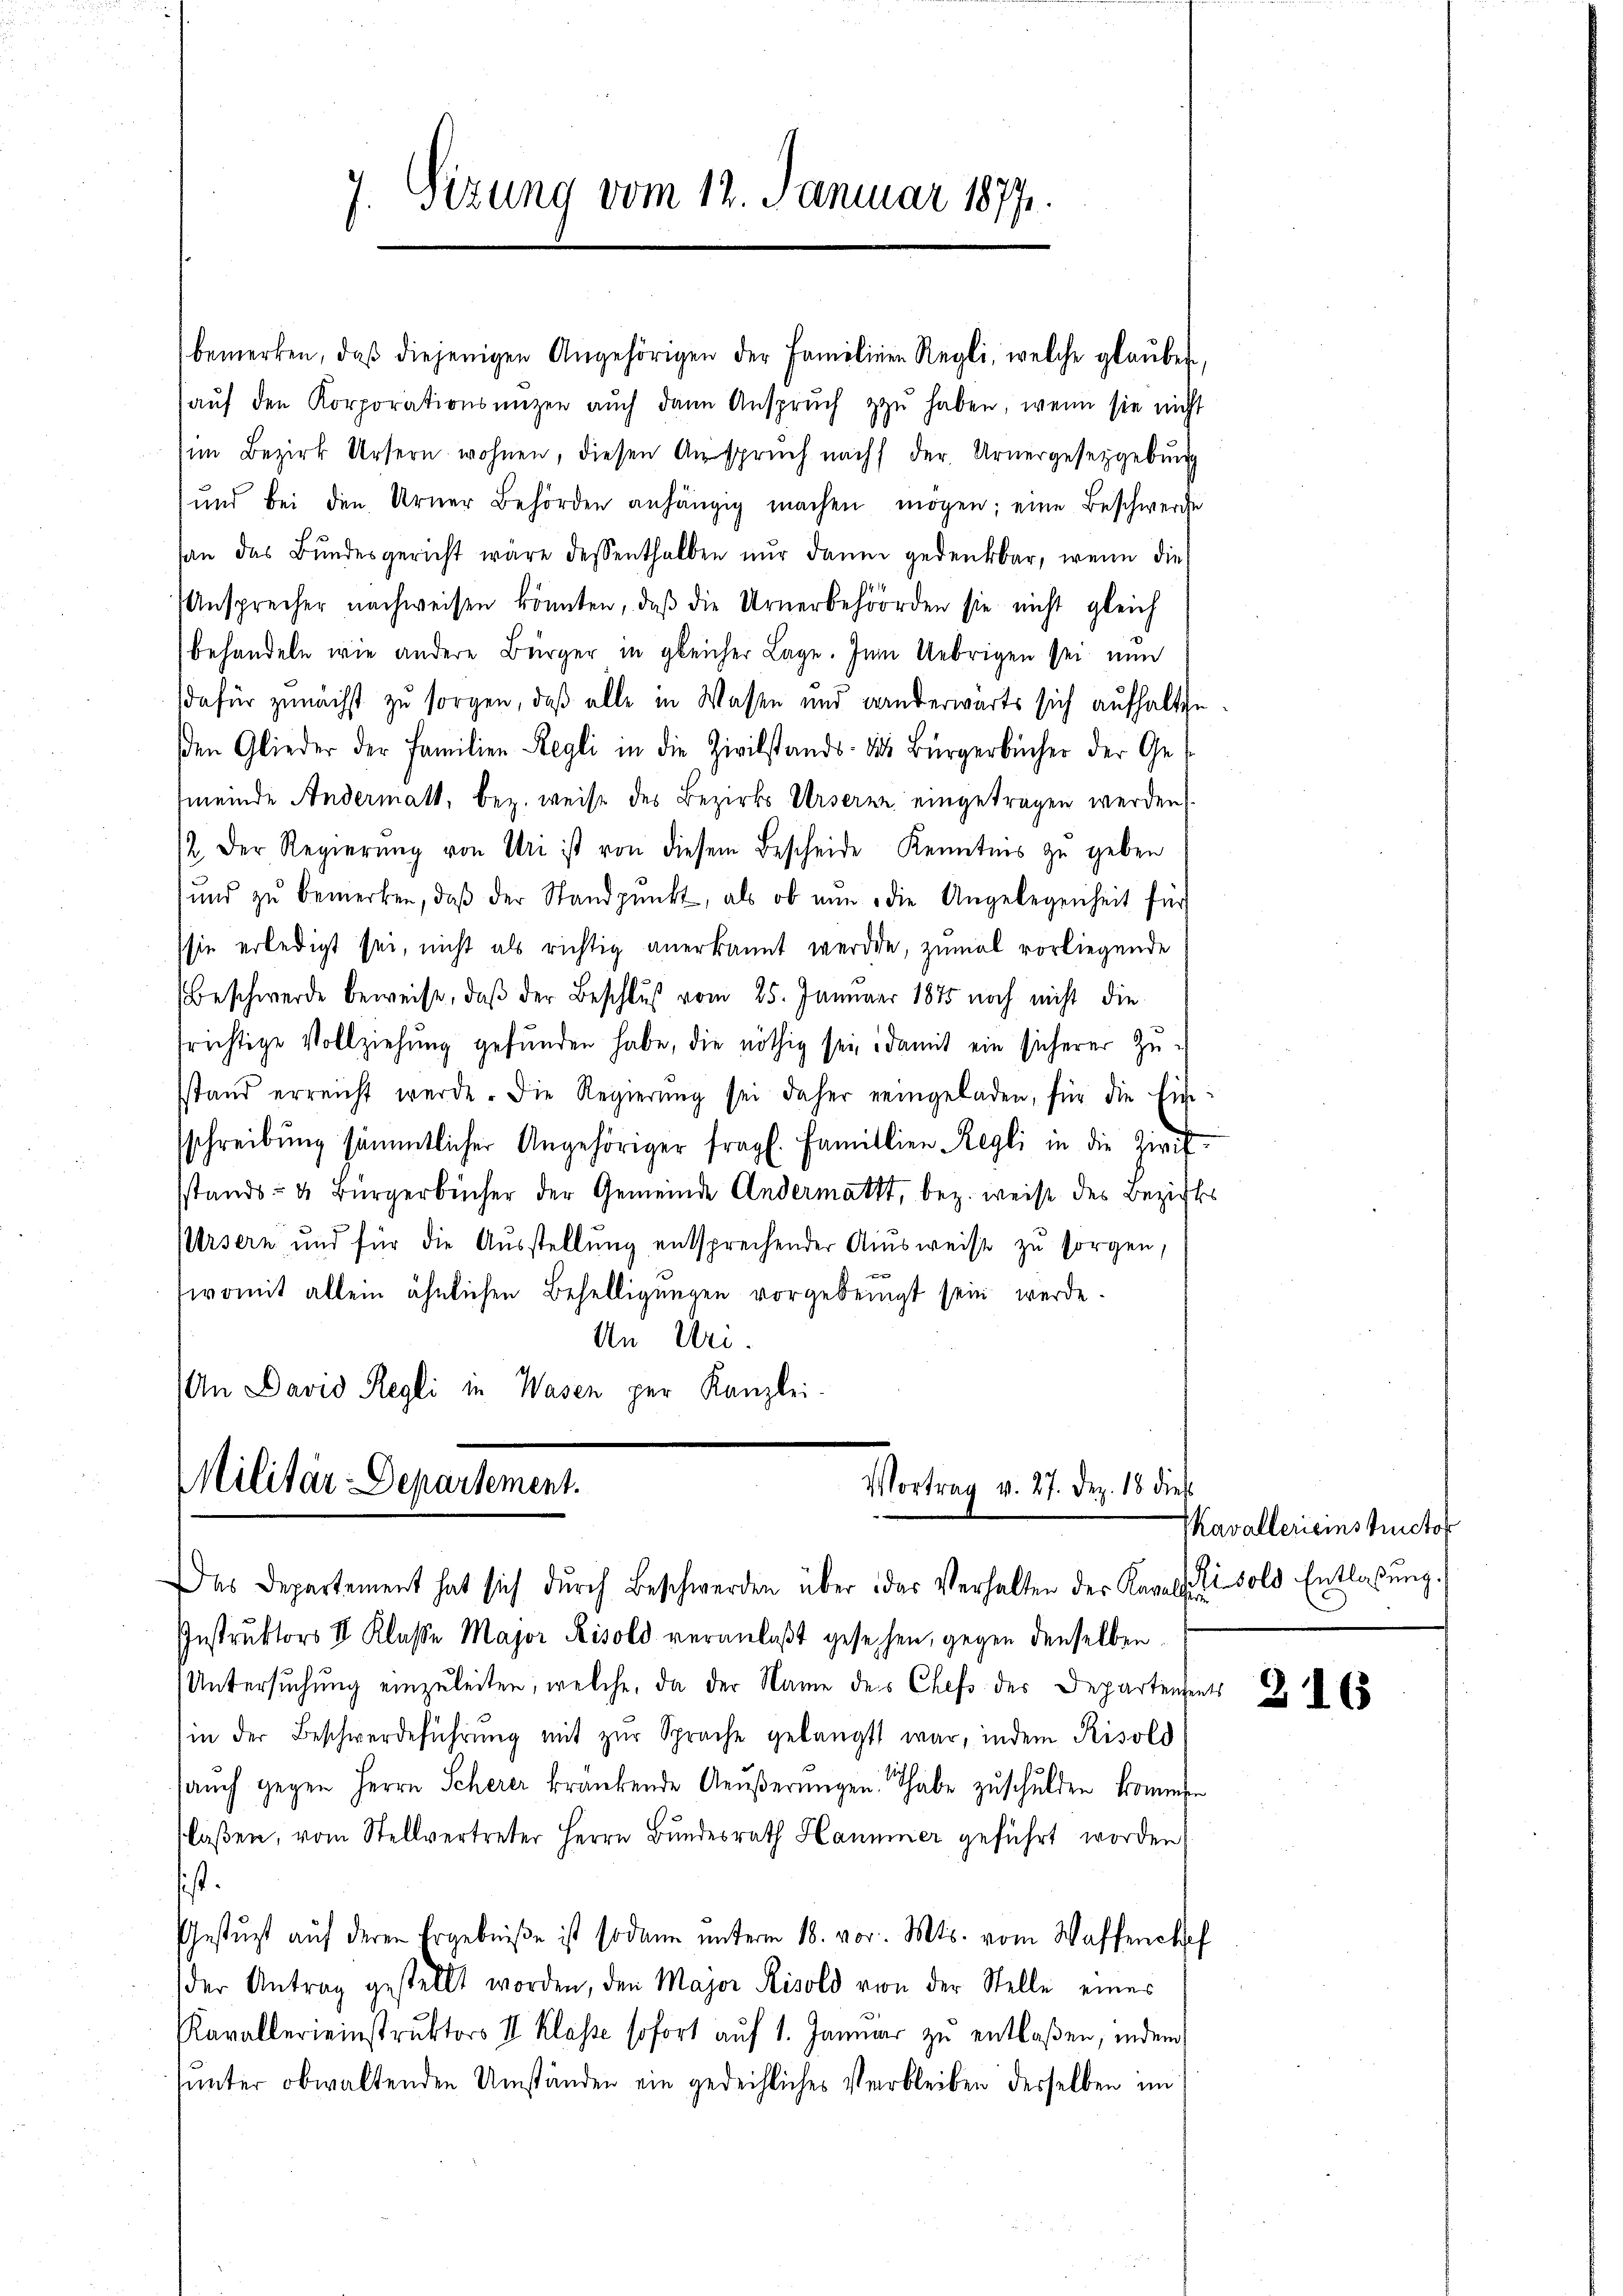
7. Sizung vom 12. Januar 1877

bemerken, daβ diejenigen Angehörigen der Familien Regli, welche glaŭben,
aŭf den Korporationsanzen aŭch dann Ansprŭch zŭ haben, wenn sie nicht
im Bezirk Ursern wohnen, diesen Anspruch nach der Urnergesetzgebung
und bei den Urner Behörden anhängig machen mögen; eine Beschwerde
san das Bŭndesgericht wäre dessenthalben nŭr dann gedenkbar, wenn die
Ansprecher nachweisen könnten, daβ die Urnerbehörden sie nicht gleich
behandeln wie andere Bürger in gleicher Lage. Im Uebrigen sei nun
dafür zunächst zu sorgen, daß alle in Wassen und Landerwärts sich aufhalte
den Glieder der Familien Regli in die Zivilstands- das Bürgerbücher der Ge-
meinde Andermatt, bez. weise des Bezirks Urserne eingetragen werden
2. Der Regierŭng von Uri ist von diesem Bescheide Kenntnis zu geben
und zŭ bemerken, daβ der Standpŭnkt, als ob nun die Angelegenheit für
sie erledigt sei, nicht als richtig anerkannt werden, zumal vorliegende
Beschwerde beweise, daß der Beschluß vom 25. Januar 1875 noch nicht die
frichtige Vollziehung gefŭnden habe, die nöthig sei, damit ein sicherer Zŭ-
sstand erreicht werde. Die Regierŭng sei daher eingeladen, für die Eich-
sschreibung sämmtlicher Angehöriger fragl. Familien Regli in die Zirifsstands- u. Bürgerbücher der Gemeinde Andermatt, bez. weise des Bezirks
Ursern und für die Ausstellung entsprechender Ausweise zu sorgen,
womit allein ähnlichen Behelligungen vorgebeugt sein werde.
An Uri.
An David Regli in Wasen per Kanzlei-

Militär-Departement.
Vortrag v. 27. Dez. 18 dies
Das Departement hat sich durch Beschwerden über das Verhalten der Kavallun

Instrŭktors II Klasse Major Risold veranlaßt gesehen, gegen denselben
Untersuchung einzuleiten, welche, da der Name des Chefs des Departensents B
(in der Beschwerdeführŭng mit zŭr Sprache gelangt war, indem Risold
aŭch gegen Herrn Scherer krankende Aeŭβerŭngen habe zuschulden kommen
flaßen, vom Stellvertreter Herrn Bundesrath Hammer geführt worden,
sist.
Gestützt aŭf deren Ergebniße ist sodann ŭnterm 18. vor. Mts. vom Waffenhef
der Antrag gestellt worden, den Major Risold von der Stelle eines
Kavallerieinstruktors II. Klasse sofort auf 1. Januar zu entlaßen, indem
tunter obwaltenden Umständen ein gedeihliches Verbleiben desselben im

IKavallerienstructor
isold Entlaßung.